Scottish Leaving Certificate Examination, 1953
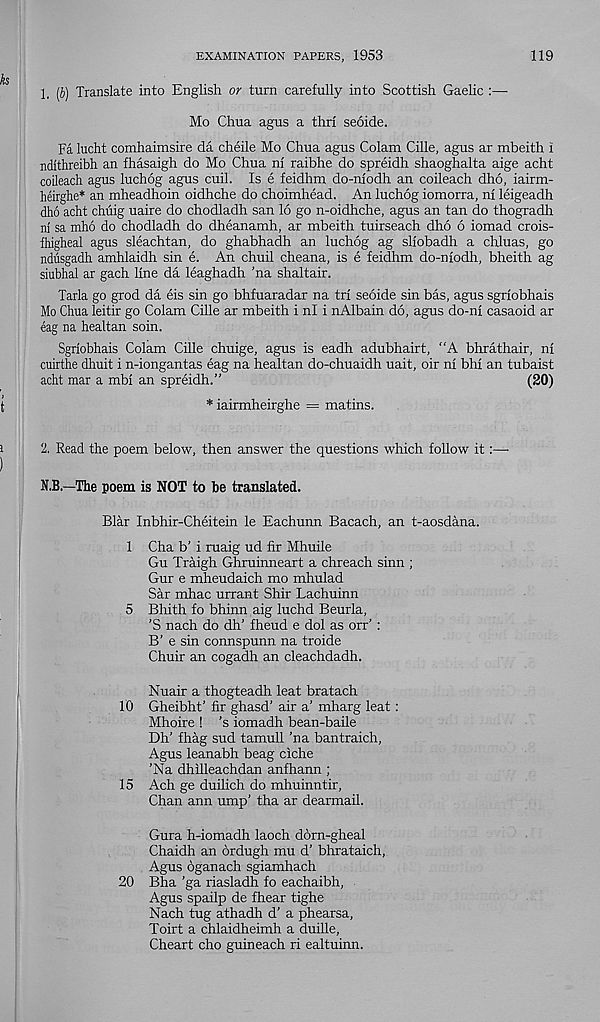
EXAMINATION PAPERS, 1953
119
1, (6) Translate into English or turn carefully into Scottish Gaelic :—•
Mo Chua agus a thri seoide.
Fa lucht comhaimsire da cheile Mo Chua agus Colam Cille, agus ar mbeith i
ndithreibh an fhasaigh do Mo Chua ni raibhe do spreidh shaoghalta aige acht
coileach agus luchog agus cuil. Is e feidhm do-niodh an coileach dho, iairm-
heirghe* an mheadhoin oidhche do choimhead. An luchog iomorra, ni leigeadh
dho acht chiiig uaire do chodladh san 16 go n-oidhche, agus an tan do thogradh
nl sa mho do chodladh do dheanamh, ar mbeith tuirseach dho 6 iomad crois-
fhigheal agus sleachtan, do ghabhadh an luchog ag sliobadh a chluas, go
ndusgadh amhlaidh sin e. An chuil cheana, is e feidhm do-niodh, bheith ag
siubhal ar gach line da leaghadh ’na shaltair.
Tarla go grod da eis sin go bhfuaradar na tri seoide sin bas, agus sgriobhais
Mo Chua leitir go Colam Cille ar mbeith i ni i nAlbain do, agus do-ni casaoid ar
eag na healtan soin.
Sgriobhais Colam Cille chuige, agus is eadh adubhairt, “A bhrathair, ni
cuirthe dhuit i n-iongantas eag na healtan do-chuaidh uait, oir ni bhi an tubaist
acht mar a mbi an spreidh.”
(20)
* iairmheirghe = matins.
2. Read the poem below, then answer the questions which follow it:—■
N.B.—The poem is NOT to be translated.
Blar Inbhir-Cheitein le Eachunn Bacach, an t-aosdana.
1 Cha b’ i ruaig ud fir Mhuile
Gu Traigh Ghruinneart a chreach sinn ;
Gur e mheudaich mo mhulad
Sar mhac urrant Shir Lachuinn
5 Bliith fo bhinn aig luchd Beurla,
’S nach do dh’ fheud e dol as orr’ :
B’ e sin connspunn na troide
Chuir an cogadh an cleachdadh.
Nuair a thogteadh leaf bratach
10 Gheibht’ fir ghasd’ air a’ mharg leaf :
Mhoire ! 's iomadh bean-baile
Dh' fhag sud tamull ’na bantraich,
Agus leanabh beag ciche
’Na dhilleachdan anfhann |
15 Ach ge duilich do mhuinntir,
Chan ann ump’ tha ar dearmail.
Gura h-iomadh laoch dorn-gheal
Chaidh an ordugh mu d’ bhrataich,
Agus oganach sgiamhach
20 Bha ’ga riasladh fo eachaibh,
Agus spailp de fhear tighe
Nach tug athadh d’ a phearsa,
Toirt a chlaidheimh a duille,
Cheart cho guineach ri ealtuinn.